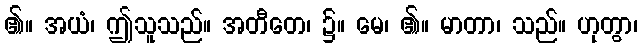
၏။ အယံ၊ ဤသူသည်။ အတီတေ၊ ၌။ မေ၊ ၏။ မာတာ၊ သည်။ ဟုတွာ၊